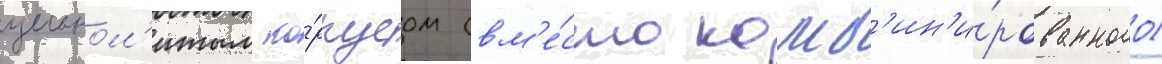
цельнол'итым ко́рпусом (вм'е́сто комб'ин'и́рованного)